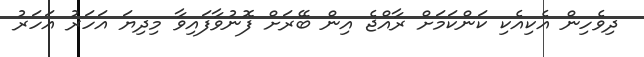
ދިވެހިން އެކިއެކި ކަންކަމަށް ރާއްޖެ އިން ބޭރަށް ފޮނުވާފައިވާ މިދިޔަ އަހަރު އަހަރު